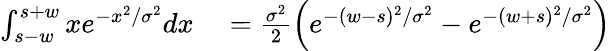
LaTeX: \begin{array}{rl}{\int_{s-w}^{s+w}xe^{-x^{2}/\sigma^{2}}dx}&{{}=\frac{\sigma^{2}}{2}\left(e^{-(w-s)^{2}/\sigma^{2}}-e^{-(w+s)^{2}/\sigma^{2}}\right)}\end{array}